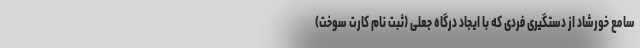
سامع خورشاد از دستگیری فردی که با ایجاد درگاه جعلی (ثبت نام کارت سوخت)